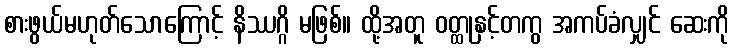
စားဖွယ်မဟုတ်သောကြောင့် နိဿဂ္ဂိ မဖြစ်။ ထို့အတူ ဝတ္ထုနှင့်တကွ အကပ်ခံလျှင် ဆေးကို